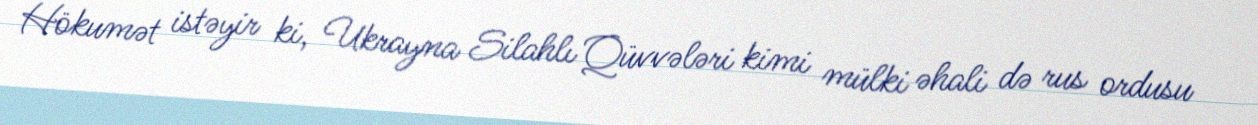
Hökumət istəyir ki, Ukrayna Silahlı Qüvvələri kimi mülki əhali də rus ordusu